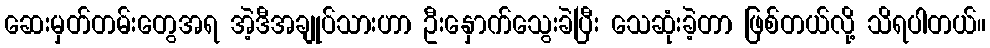
ဆေးမှတ်တမ်းတွေအရ အဲ့ဒီအချုပ်သားဟာ ဦးနှောက်သွေးခဲပြီး သေဆုံးခဲ့တာ ဖြစ်တယ်လို့ သိရပါတယ်။